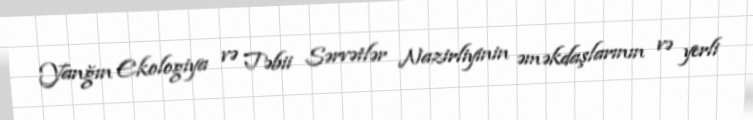
Yanğın Ekologiya və Təbii Sərvətlər Nazirliyinin əməkdaşlarının və yerli